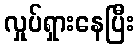
လှုပ်ရှားနေပြီး